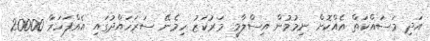
އަދި މަަސައްކަތް އެއްކޮށް ނިމުމުން އިސްލާމީ މަރުކަޒު ހިމެނޭ ސަރަހައްދުގައި އެއްފަހަރާ 20000